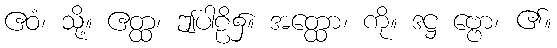
ဧဝံ၊ သို့။ ဧတ္ထ၊ ဤပါဠိ၌။ အတ္ထော၊ ကို။ ဒဋ္ဌ ဗ္ဗော၊ ၏။